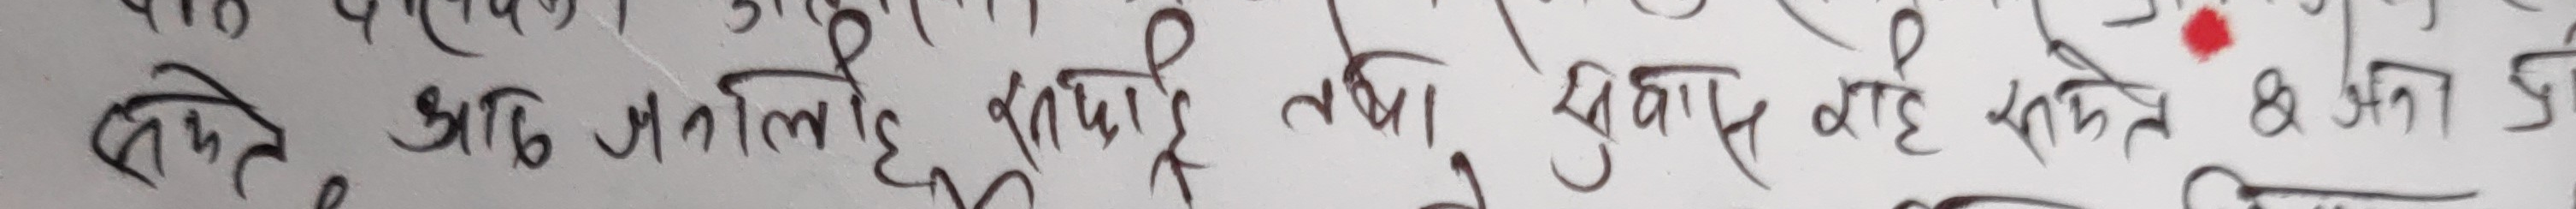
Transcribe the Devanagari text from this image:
सामने आठ जली हुई तरकारी तथा सूखाए हुए फल समेत & अन्य चीजें